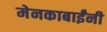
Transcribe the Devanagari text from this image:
मेनकाबाईंनी